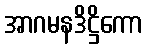
အာဂမနဒိဋ္ဌိကော